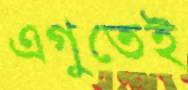
এগুতেই